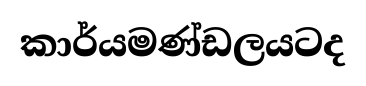
කාර්යමණ්ඩලයටද